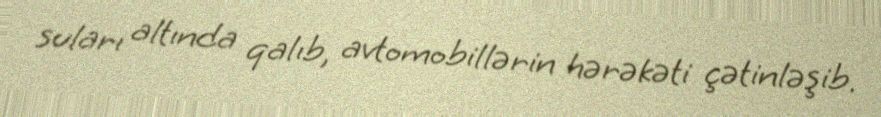
suları altında qalıb, avtomobillərin hərəkəti çətinləşib.